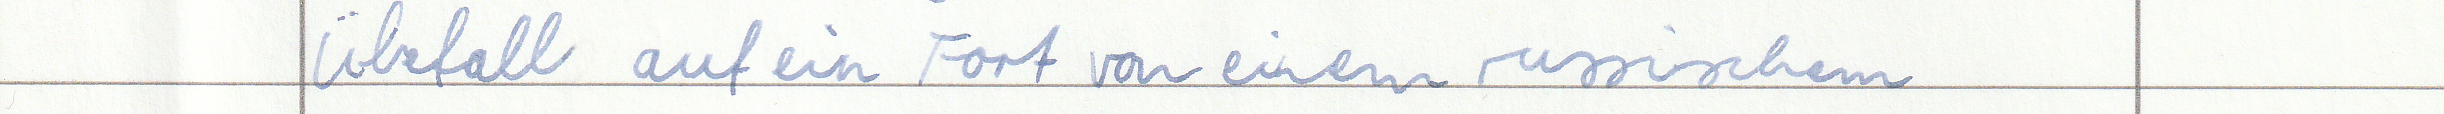
Überfall auf ein Fort von einem russischem